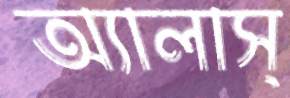
অ্যালাস্